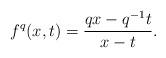
LaTeX: \begin{align*}f^q(x,t)=\frac{q x - q^{-1} t}{x-t}.\end{align*}